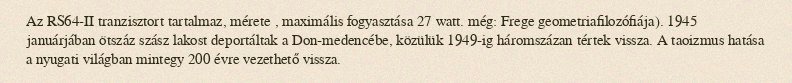
Az RS64-II tranzisztort tartalmaz, mérete , maximális fogyasztása 27 watt. még: Frege geometriafilozófiája). 1945 januárjában ötszáz szász lakost deportáltak a Don-medencébe, közülük 1949-ig háromszázan tértek vissza. A taoizmus hatása a nyugati világban mintegy 200 évre vezethető vissza.